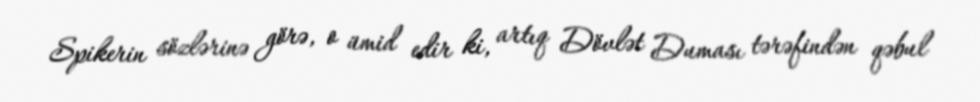
Spikerin sözlərinə görə, o ümid edir ki, artıq Dövlət Duması tərəfindən qəbul